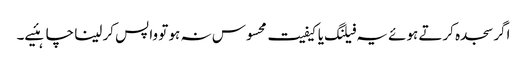
اگر سجدہ کرتے ہوئے یہ فیلنگ یا کیفیت محسوس نہ ہو تو واپس کر لینا چاہئیے۔